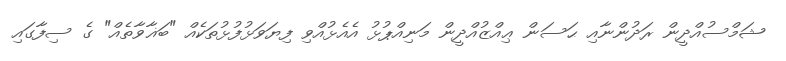
ޝަމްސުއްދީން ރަދުންނާއި ޙަސަން ޢިއްޒުއްދީން މަނިއްޕުޅު އެއެޅުއްވި ފިޔަވަޅުފުޅުތަކެއް "ބަޣާވާތެއް" ގެ ސިފާގައި